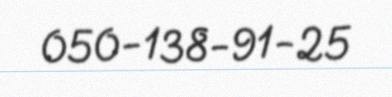
050-138-91-25